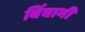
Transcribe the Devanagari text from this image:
बिंबाभी